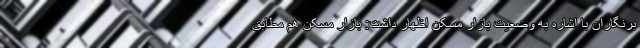
برنگاران با اشاره به وضعیت بازار مسکن اظهار داشت: بازار مسکن هم مطابق